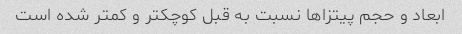
ابعاد و حجم پیتزاها نسبت به قبل کوچکتر و کمتر شده است